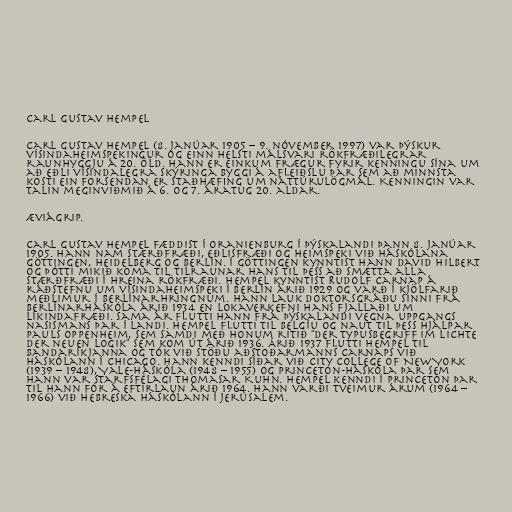
Carl Gustav Hempel

Carl Gustav Hempel (8. janúar 1905 – 9. nóvember 1997) var þýskur
vísindaheimspekingur og einn helsti málsvari rökfræðilegrar
raunhyggju á 20. öld. Hann er einkum frægur fyrir kenningu sína um
að eðli vísindalegra skýringa byggi á afleiðslu þar sem að minnsta
kosti ein forsendan er staðhæfing um náttúrulögmál. Kenningin var
talin meginviðmið á 6. og 7. áratug 20. aldar.

Æviágrip.

Carl Gustav Hempel fæddist í Oranienburg í Þýskalandi þann 8. janúar
1905. Hann nam stærðfræði, eðlisfræði og heimspeki við háskólana
Göttingen, Heidelberg og Berlín. Í Göttingen kynntist hann David Hilbert
og þótti mikið koma til tilraunar hans til þess að smætta alla
stærðfræði í hreina rökfræði. Hempel kynntist Rudolf Carnap á
ráðstefnu um vísindaheimspeki í Berlín árið 1929 og varð í kjölfarið
meðlimur í Berlínarhringnum. Hann lauk doktorsgráðu sinni frá
Berlínarháskóla árið 1934 en lokaverkefni hans fjallaði um
líkindafræði. Sama ár flutti hann frá Þýskalandi vegna uppgangs
nasismans þar í landi. Hempel flutti til Belgíu og naut til þess hjálpar
Pauls Oppenheim, sem samdi með honum ritið "Der Typusbegriff im Lichte
der neuen Logik" sem kom út árið 1936. Árið 1937 flutti Hempel til
Bandaríkjanna og tók við stöðu aðstoðarmanns Carnaps við
Háskólann í Chicago. Hann kenndi síðar við City College of New York
(1939 – 1948), Yale-háskóla (1948 – 1955) og Princeton-háskóla þar sem
hann var starfsfélagi Thomasar Kuhn. Hempel kenndi í Princeton þar
til hann fór á eftirlaun árið 1964. Hann varði tveimur árum (1964 –
1966) við Hebreska háskólann í Jerúsalem.